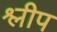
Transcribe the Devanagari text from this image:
श्लीप